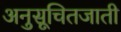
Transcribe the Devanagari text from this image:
अनुसूचितजाती